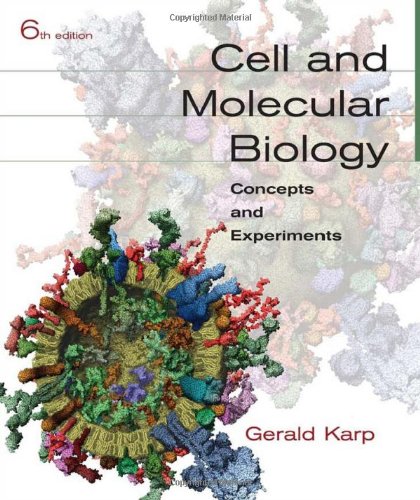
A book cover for Cell and Molecular Biology: Concepts and Experiments; Gerald Karp; Medical Books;